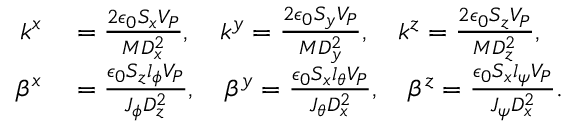
\begin{array} { r l } { k ^ { x } } & { { } = \frac { 2 \epsilon _ { 0 } S _ { x } V _ { P } } { M D _ { x } ^ { 2 } } , \quad k ^ { y } = \frac { 2 \epsilon _ { 0 } S _ { y } V _ { P } } { M D _ { y } ^ { 2 } } , \quad k ^ { z } = \frac { 2 \epsilon _ { 0 } S _ { z } V _ { P } } { M D _ { z } ^ { 2 } } , } \\ { \beta ^ { x } } & { { } = \frac { \epsilon _ { 0 } S _ { z } l _ { \phi } V _ { P } } { J _ { \phi } D _ { z } ^ { 2 } } , \quad \beta ^ { y } = \frac { \epsilon _ { 0 } S _ { x } l _ { \theta } V _ { P } } { J _ { \theta } D _ { x } ^ { 2 } } , \quad \beta ^ { z } = \frac { \epsilon _ { 0 } S _ { x } l _ { \psi } V _ { P } } { J _ { \psi } D _ { x } ^ { 2 } } . } \end{array}